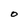
Character: o